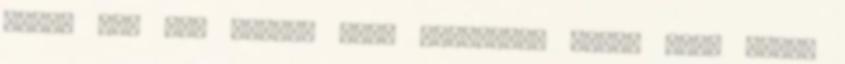
Mivel még nem vagyok nagy blogjáró, ezért azok közül